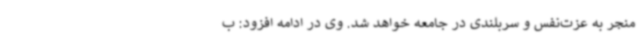
منجر به عزت‌نفس و سربلندی در جامعه خواهد شد. وی در ادامه افزود: ب